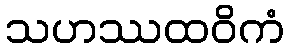
သဟဿထဝိကံ